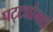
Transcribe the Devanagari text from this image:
पट्ट्यांमधे